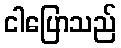
ငါပြောသည်